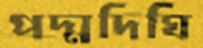
পদ্মদিঘি